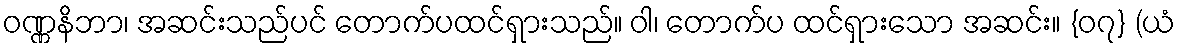
ဝဏ္ဏနိဘာ၊ အဆင်းသည်ပင် တောက်ပထင်ရှားသည်။ ဝါ၊ တောက်ပ ထင်ရှားသော အဆင်း။ {၀၇} (ယံ